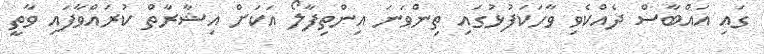
ގައި އައްބާސް ދެއްކެވި ވާހަކަފުޅުގައި ތިންވަނަ އިންތިފާލޯ އަކަށް އިޝާރާތް ކުރައްވާފައި ވާތީ